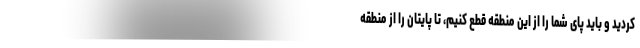
کردید و باید پای شما را از این منطقه قطع کنیم، تا پایتان را از منطقه